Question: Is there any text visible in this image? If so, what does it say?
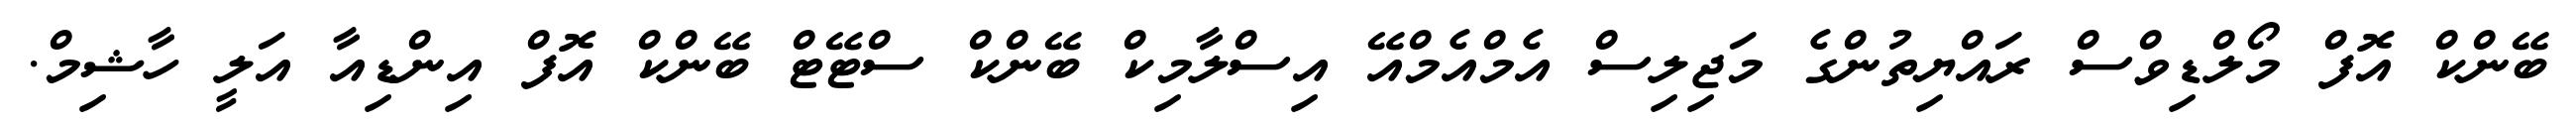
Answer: ބޭންކް އޮފް މޯލްޑިވްސް ރައްޔިތުންގެ މަޖިލިސް އެމްއެމްއޭ އިސްލާމިކް ބޭންކް ސްޓޭޓް ބޭންކް އޮފް އިންޑިއާ އަލީ ހާޝިމް.